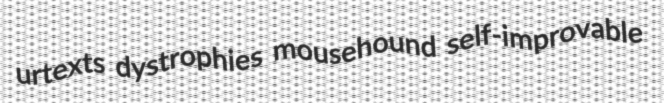
urtexts dystrophies mousehound self-improvable